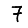
Digit: 7